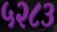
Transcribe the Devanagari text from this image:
५२८३